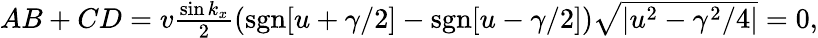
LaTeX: \begin{array}{r}{AB+CD=v\frac{\sin k_{x}}{2}\left(\mathrm{sgn}[u+\gamma/2]-\mathrm{sgn}[u-\gamma/2]\right)\sqrt{|u^{2}-\gamma^{2}/4|}=0,}\end{array}